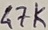
Text: 47K